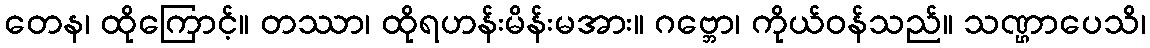
တေန၊ ထိုကြောင့်။ တဿာ၊ ထိုရဟန်းမိန်းမအား။ ဂဗ္ဘော၊ ကိုယ်ဝန်သည်။ သဏ္ဌာပေသိ၊